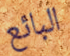
البائع